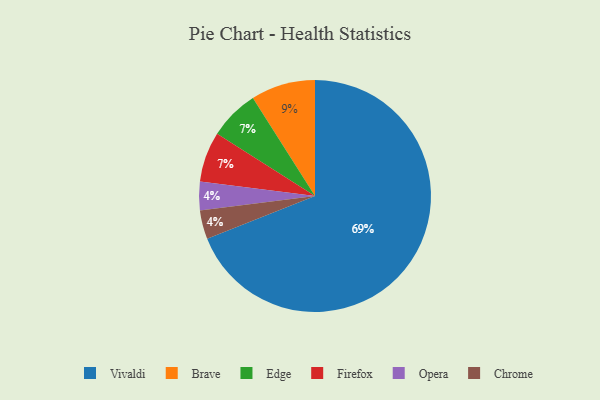
{"axis": {"x": "Category", "y": "Percentage"}, "legend": ["Brave", "Chrome", "Edge", "Firefox", "Opera", "Vivaldi"], "data": [{"x": "Edge", "y": 7, "type": "Edge"}, {"x": "Brave", "y": 9, "type": "Brave"}, {"x": "Firefox", "y": 7, "type": "Firefox"}, {"x": "Vivaldi", "y": 69, "type": "Vivaldi"}, {"x": "Opera", "y": 4, "type": "Opera"}, {"x": "Chrome", "y": 4, "type": "Chrome"}]}